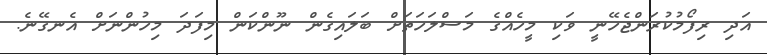
އަދި ރިފޯމުކުރަންޖެހޭނީ ވަކި މީހެއްގެ މަސްލަހަތަށް ބަލައިގެން ނޫންކަން މިފަދަ މިހުންނަށް އެނގޭނެ.